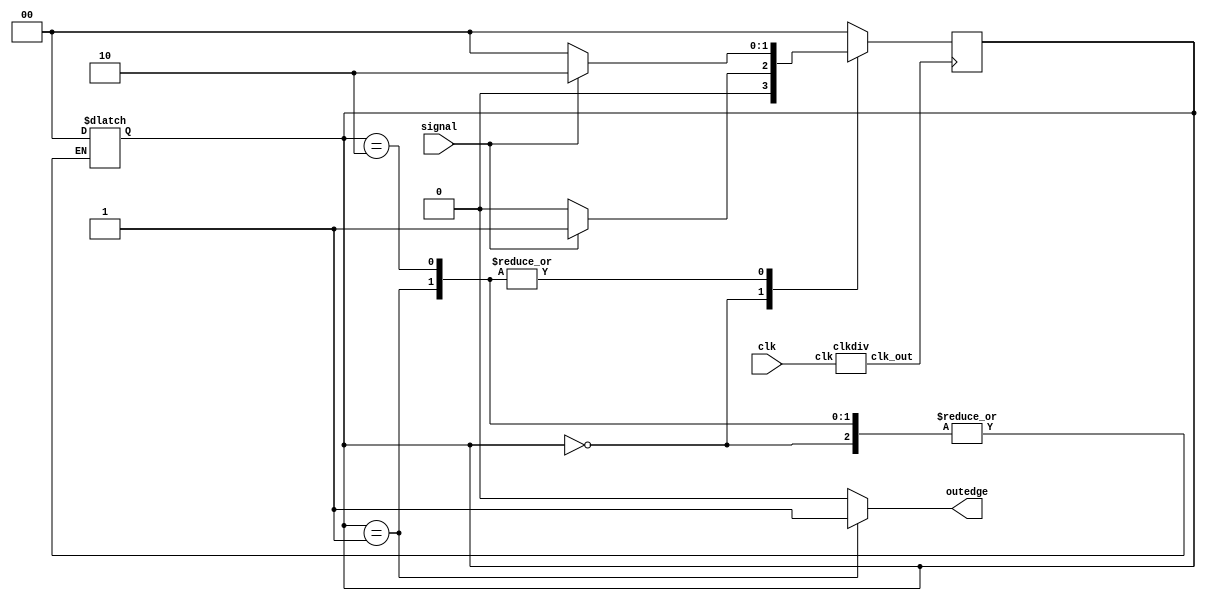
module edgedetector_moore( 
 input wire clk, 
 input wire signal,
 output reg outedge ); 
wire slow_clk ; 
reg [1:0] c_state ; 
reg [1:0] r_state ; 
localparam ZERO = 'd0; 
localparam CHANGE = 'd1; 
localparam ONE = 'd2; 
clkdiv c1(clk, slow_clk ); 
// Comb. logic. 
always @(*) begin 
 case (r_state) 
 
 ZERO : begin
	outedge = 0;
	if(signal == 1) begin
		c_state = CHANGE;
	end  
	else begin
		c_state = ZERO;
	end
 end 
 CHANGE : begin
	outedge = 1;
	if(signal == 1) begin
		c_state = ONE;
	end  
	else begin
		c_state = ZERO;
	end
 end 
 ONE : begin
	outedge = 0;
	if(signal == 1) begin
		c_state = ONE;
	end  
	else begin
		c_state = ZERO;
	end
 end 
 default : begin 
	 c_state = ZERO ; 
	 r_state = ZERO;
	 outedge = 'd0 ; 
 end
 
 endcase 
end 
// --------------------------------- 
// Seq. logic 
// --------------------------------- 
always @( posedge slow_clk ) begin 
 r_state <= c_state ; 
end
endmodule

module edgedetector_mealy( 
 input wire clk, 
 input wire signal,
 output reg outedge ); 
wire slow_clk ; 
reg c_state ; 
reg r_state ; 
localparam ZERO = 'd0; 
localparam ONE = 'd1; 
clkdiv c1(clk, slow_clk ); 
// Comb. logic. 
always @(*) begin 
 case (r_state) 
 
 ZERO : begin
	if(signal == 1) begin
		outedge = 1;
		c_state = ONE;
	end  
	else begin
		outedge = 0;
		c_state = ZERO;
	end
 end 
 ONE : begin
	if(signal == 1) begin
		outedge = 0;
		c_state = ONE;
	end  
	else begin
		outedge = 0;
		c_state = ZERO;
	end
 end 
 default : begin 
	 c_state = ZERO; 
	 r_state = ZERO;
	 outedge = 0 ; 
 end
 
 endcase 
end 
// --------------------------------- 
// Seq. logic 
// --------------------------------- 
always @( posedge slow_clk ) begin 
 r_state <= c_state ; 
end
endmodule

module clkdiv(input clk, output clk_out); 
 
 reg [4:0] COUNT; 
 initial begin
	COUNT <= 0;
end
assign clk_out = COUNT[4];
 always @(posedge clk) 
 begin 
	COUNT = COUNT + 1;
 end 
 
endmodule